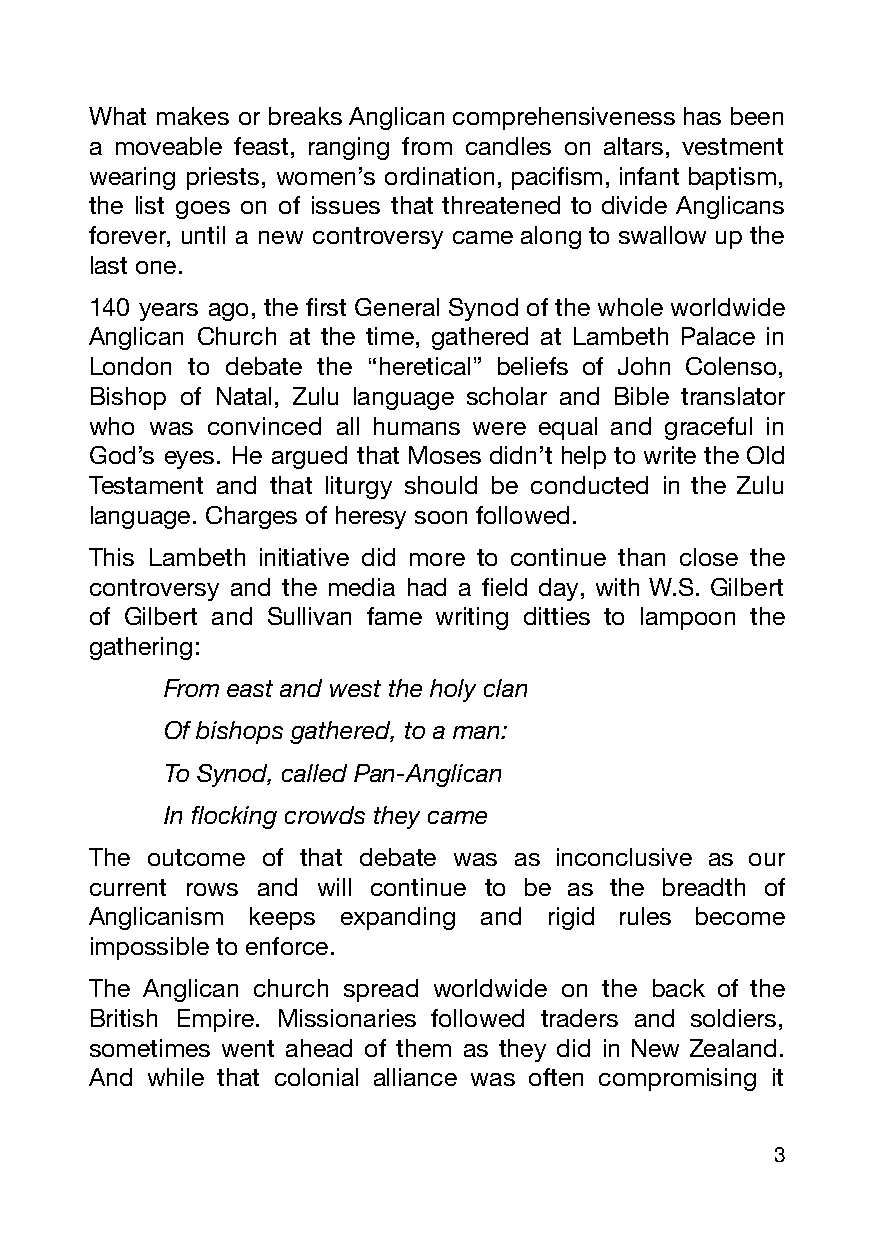
What makes or breaks Anglican comprehensiveness has been
 a moveable feast, ranging from candles on altars, vestment
 wearing priests, women’s ordination, pacifism, infant baptism,
 the list goes on of issues that threatened to divide Anglicans
 forever, until a new controversy came along to swallow up the
 last one.
 140 years ago, the first General Synod of the whole worldwide
 Anglican Church at the time, gathered at Lambeth Palace in
 London to debate the “heretical” beliefs of John Colenso,
 Bishop of Natal, Zulu language scholar and Bible translator
 who was convinced all humans were equal and graceful in
 God’s eyes. He argued that Moses didn’t help to write the Old
 Testament and that liturgy should be conducted in the Zulu
 language. Charges of heresy soon followed.
 This Lambeth initiative did more to continue than close the
 controversy and the media had a field day, with W.S. Gilbert
 of Gilbert and Sullivan fame writing ditties to lampoon the
 gathering:
 From east and west the holy clan
 Of bishops gathered, to a man:
 To Synod, called Pan-Anglican
 In flocking crowds they came
 The outcome of that debate was as inconclusive as our
 current rows and will continue to be as the breadth of
 Anglicanism keeps expanding and rigid rules become
 impossible to enforce.
 The Anglican church spread worldwide on the back of the
 British Empire. Missionaries followed traders and soldiers,
 sometimes went ahead of them as they did in New Zealand.
 And while that colonial alliance was often compromising it
 3